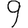
Digit: 9